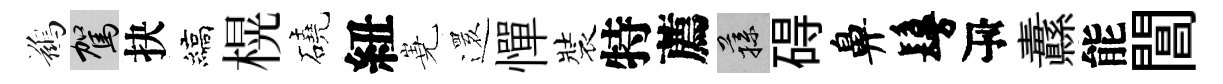
鷀駕抉縞榥磽紐嶤𮟃憚裝特薦蓀碍鼻鬘瓴纛能閶